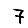
Digit: 7